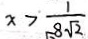
x > \frac { 1 } { 8 \sqrt { 2 } }